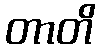
တာတိ